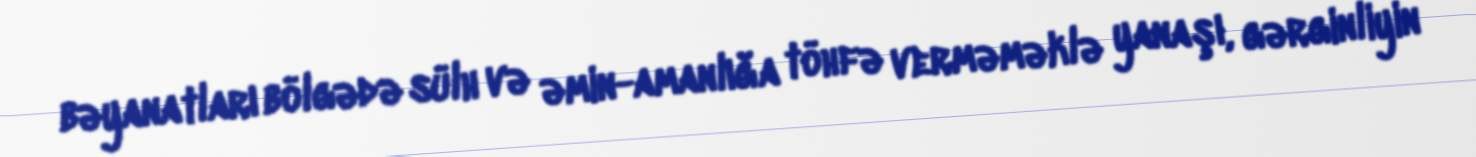
bəyanatları bölgədə sülh və əmin-amanlığa töhfə verməməklə yanaşı, gərginliyin